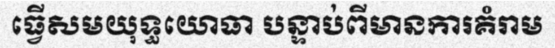
ធ្វើសមយុទ្ធយោធា បន្ទាប់ពីមានការគំរាម